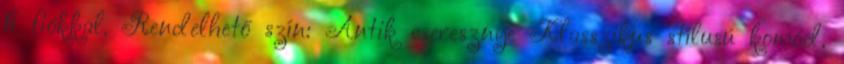
6 fiókkal. Rendelhető szín: Antik cseresznye Klasszikus stílusú komód,